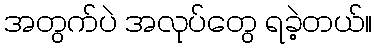
အတွက်ပဲ အလုပ်တွေ ရခဲ့တယ်။